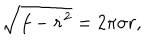
\sqrt { f - { \dot { r } ^ { 2 } } } = 2 \pi \sigma r ,